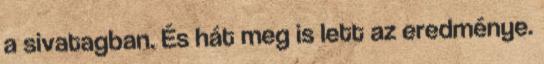
a sivatagban. És hát meg is lett az eredménye.